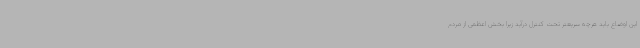
این اوضاع باید هرچه سریعتر تحت کنترل درآید زیرا بخش اعظمی از مردم